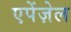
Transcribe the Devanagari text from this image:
एपेंज़ेल